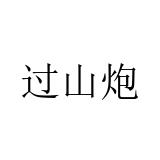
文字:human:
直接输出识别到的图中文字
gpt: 过山炮